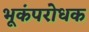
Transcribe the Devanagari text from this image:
भूकंपरोधक